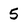
Character: 5